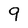
Character: 9